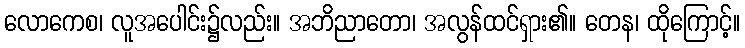
လောကေစ၊ လူအပေါင်း၌လည်း။ အဘိညာတော၊ အလွန်ထင်ရှား၏။ တေန၊ ထိုကြောင့်။